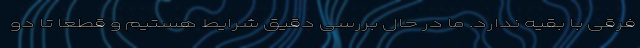
فرقی با بقیه ندارد. ما در حال بررسی دقیق شرایط هستیم و قطعاً تا دو